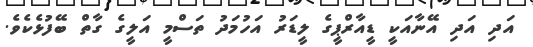
އަދި އަދި އޭނާއަކީ ޑީއާރްޕީގެ ލީޑަރު އަހުމަދު ތަސްމީ އަލީގެ ގާތް ބޭފުޅެކެވެ.